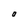
Character: O